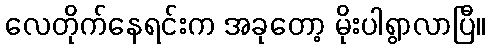
လေတိုက်နေရင်းက အခုတော့ မိုးပါရွာလာပြီ။